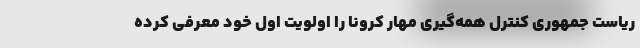
ریاست جمهوری کنترل همه‌گیری مهار کرونا را اولویت اول خود معرفی کرده